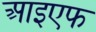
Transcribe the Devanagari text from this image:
आइएफ